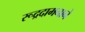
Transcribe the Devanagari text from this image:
रूद्रदामनाने